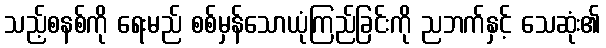
သည့်စနစ်ကို ရေးမည် စစ်မှန်သောယုံကြည်ခြင်းကို ညဘက်နှင့် သေဆုံး၏